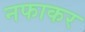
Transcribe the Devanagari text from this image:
नफाकर